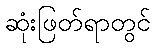
ဆုံးဖြတ်ရာတွင်